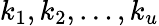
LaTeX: k_{1},k_{2},\dots,k_{u}